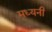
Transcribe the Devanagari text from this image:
मध्यनी